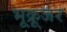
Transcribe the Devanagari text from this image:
भूक्रूजर